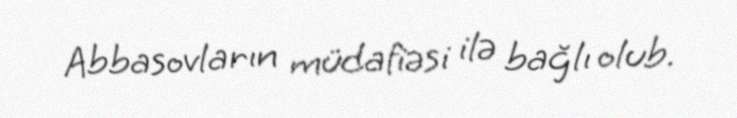
Abbasovların müdafiəsi ilə bağlı olub.